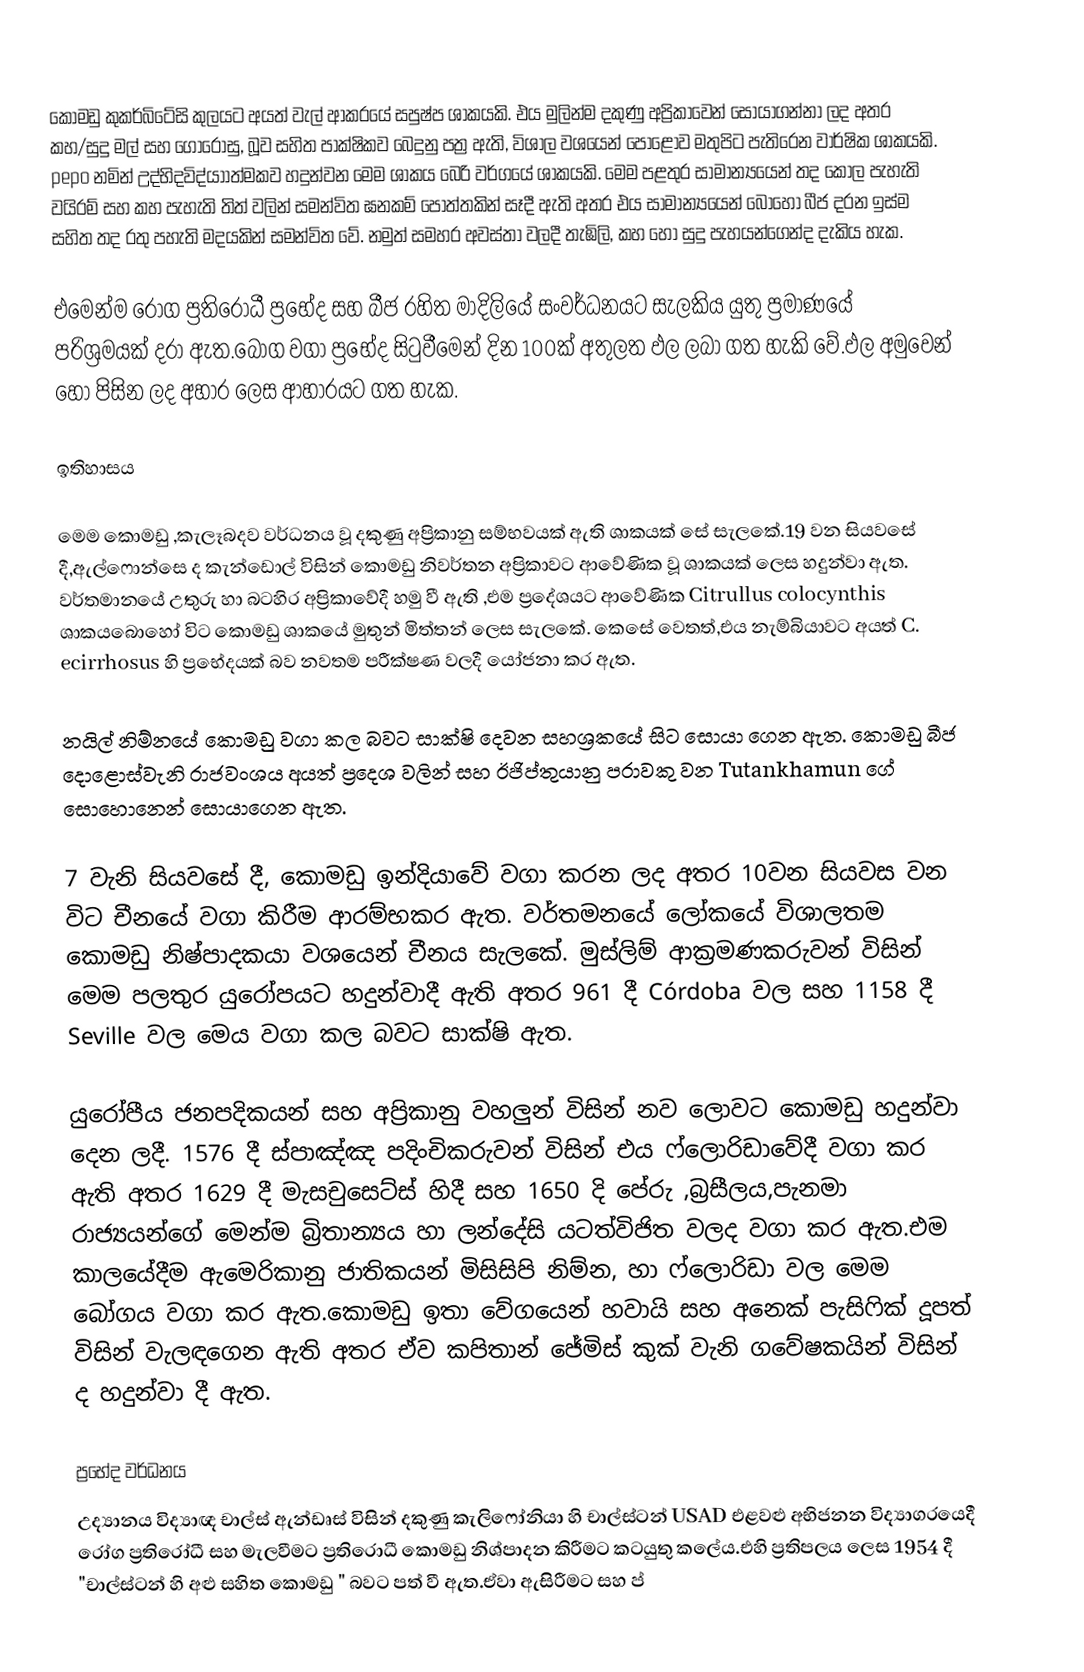
කොමඩු කුකර්බිටේසි කුලයට අයත් වැල් ආකරයේ  සපුෂ්ප ශාකයකි. එය මුලින්ම දකුණු අප්‍රිකාවෙන් සොයාගන්නා ලද අතර කහ/සුදු මල් සහ ගොරෝසු, බූව සහිත පාක්ෂිකව බෙදුනු පත්‍ර   ඇති, විශාල වශයෙන් පොළොව මතුපිට පැතිරෙන වාර්ෂික ශාකයකි. pepo නමින් උද්භිදවිද්යාාත්මකව හදුන්වන මෙම ශාකය බෙරි වර්ගයේ ශාකයකි. මෙම පළතුර සාමාන්‍යයෙන් තද කොල පැහැති වයිරම් සහ කහ පැහැති තිත් වලින් සමන්විත ඝනකම් පොත්තකින් සෑදී ඇති අතර එය සාමාන්‍යයෙන් බොහො බීජ දරන ඉස්ම සහිත තද රතු පහැති මදයකින් සමන්විත වේ. නමුත් සමහර අවස්තා වලදී තැඹිලි, කහ හෝ සුදු පැහයන්ගෙන්ද දැකිය හැක.

එමෙන්ම රෝග ප්‍රතිරොධී ප්‍රභේද සහ බීජ රහිත මාදිලියේ සංවර්ධනයට සැලකිය යුතු ප්‍රමාණයේ පරිශ්‍රමයක් දරා ඇත.බෝග වගා ප්‍රභේද සිටුවීමෙන් දින 100ක් අතුලත ඵල ලබා ගත හැකි වේ.ඵල අමුවෙන් හෝ පිසින ලද අහාර ලෙස ආහාරයට ගත හැක.

ඉතිහාසය

මෙම කොමඩු ,කැලෑබදව වර්ධනය වූ දකුණු අප්‍රිකානු  සම්භවයක්  ඇති ශාකයක් සේ සැලකේ.19 වන සියවසේ දී,ඇල්ෆොන්සෙ ද කැන්ඩොල් විසින් කොමඩු නිවර්තන අප්‍රිකාවට  ආවේණික වූ ශාකයක් ලෙස හදුන්වා ඇත. වර්තමානයේ උතුරු හා බටහිර අප්‍රිකාවේදී හමු වී ඇති ,එම ප්‍රදේශයට ආවේණික Citrullus colocynthis ශාකයබොහෝ විට කොමඩු ශාකයේ මුතුන්  මිත්තන් ලෙස සැලකේ. කෙසේ වෙතත්,එය නැම්බියාවට අයත් C. ecirrhosus හි ප්‍රභේදයක්  බව නවතම පරීක්ෂණ වලදී යෝජනා කර ඇත.

නයිල් නිම්නයේ කොමඩු  වගා කල බවට  සාක්ෂි දෙවන සහශ්‍රකයේ  සිට සොයා ගෙන ඇත. කොමඩු බීජ දොළොස්වැනි රාජවංශය අයත් ප්‍රදෙශ වලින් සහ ඊජිප්තුයානු  පරාවකු වන  Tutankhamun ගේ සොහොනෙන් සොයාගෙන ඇත.

7 වැනි සියවසේ දී, කොමඩු ඉන්දියාවේ වගා කරන ලද අතර 10වන සියවස වන විට චීනයේ වගා කිරීම ආරම්භකර ඇත.  වර්තමනයේ  ලෝකයේ විශාලතම කොමඩු නිෂ්පාදකයා වශයෙන් චීනය සැලකේ. මුස්ලිම් ආක්‍රමණකරුවන් විසින් මෙම පලතුර යුරෝපයට හදුන්වාදී ඇති අතර 961 දී Córdoba වල සහ 1158 දී Seville වල මෙය වගා කල බවට සාක්ෂි ඇත.

යුරෝපීය ජනපදිකයන් සහ  අප්‍රිකානු වහලුන් විසින් නව ලොවට කොමඩු හදුන්වා දෙන ලදී.  1576 දී ස්පාඤ්ඤ පදිංචිකරුවන් විසින් එය ෆ්ලොරිඩාවේදී වගා කර ඇති අතර 1629 දී මැසචුසෙට්ස් හිදී සහ 1650 දි පේරු ,බ්‍රසීලය,පැනමා රාජ්‍යයන්ගේ මෙන්ම බ්‍රිතාන්‍යය හා ලන්දේසි යටත්විජිත වලද වගා කර ඇත.එම කාලයේදීම ඇමෙරිකානු ජාතිකයන් මිසිසිපි නිම්න, හා ෆ්ලොරිඩා වල මෙම බෝගය  වගා කර  ඇත.කොමඩු ඉතා වේගයෙන් හවායි සහ අනෙක් පැසිෆික් දූපත් විසින් වැලඳගෙන ඇති අතර ඒව කපිතාන් ජේමිස් කුක් වැනි ගවේෂකයින් විසින් ද හදුන්වා දී ඇත.

ප්‍රභේද වර්ධනය
උද්‍යානය විද්‍යාඥ චාල්ස් ඇන්ඩෘස් විසින් දකුණු කැලිෆෝනියා හි චාල්ස්ටන් USAD එළවළු අභිජනන විද්‍යාගරයෙදී රෝග ප්‍රතිරෝධී සහ මැලවීමට ප්‍රතිරොධී කොමඩු නිශ්පාදන කිරීමට කටයුතු කලේය.එහි ප්‍රතිපලය ලෙස 1954 දී "චාල්ස්ටන් හි අළු සහිත කොමඩු " බවට පත් වී ඇත.ඒවා ඇසිරීමට සහ ප්